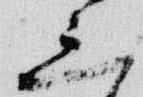
三